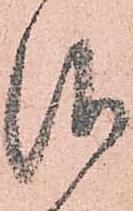
仰